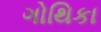
ગોથિકા